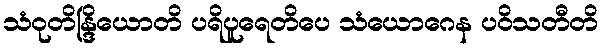
သံဝုတိန္ဒြိယောတိ ပရိပူရေတိပေ သံယောဂေန ပဝိသတီတိ